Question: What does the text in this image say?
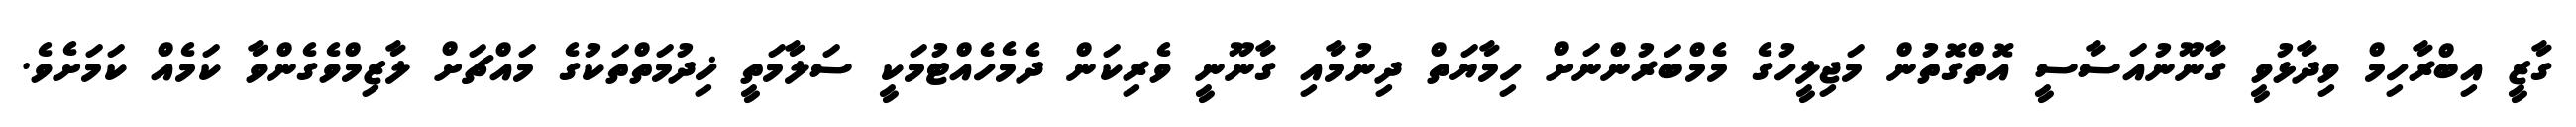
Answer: ގާޒީ އިބްރާހިމް ވިދާޅުވީ ގާނޫނުއަސާސީ އޮތްގޮތުން މަޖިލީހުގެ މެމްބަރުންނަށް ހިމާޔަތް ދިނުމާއި ގާނޫނީ ވެރިކަން ދެމެހެއްޓުމަކީ ސަލާމަތީ ޚިދުމަތްތަކުގެ މައްޗަށް ލާޒިމްވެގެންވާ ކަމެއް ކަމަށެވެ.